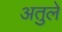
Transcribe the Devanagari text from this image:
अतुले